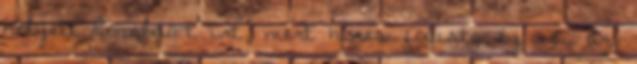
helyett Ronaldo-t írt, mert híres focista ez is, az